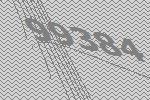
99384